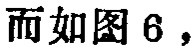
而如图 6，